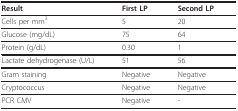
| Result | First LP | Second LP |
 | --- | --- | --- |
 | Cells per mm3 | 5 | 20 |
 | Glucose (mg/dL) | 75 | 64 |
 | Protein (g/dL) | 0.30 | 1 |
 | Lactate dehydrogenase (U/L) | 51 | 56 |
 | Gram staining | Negative | Negative |
 | Cryptococcus | Negative | Negative |
 | PCR CMV | Negative | - |